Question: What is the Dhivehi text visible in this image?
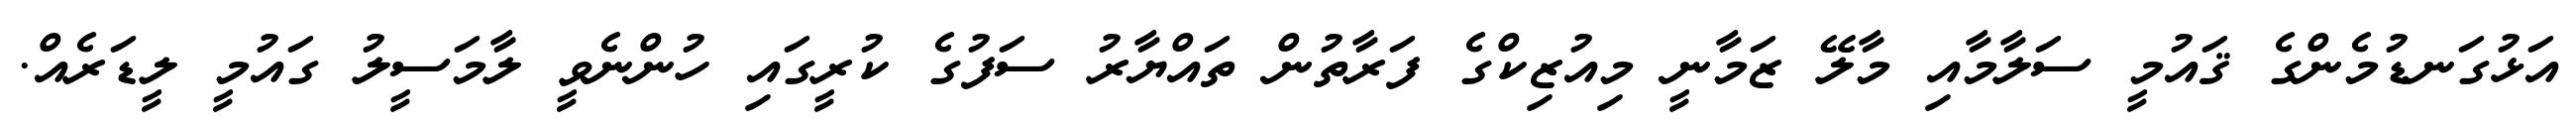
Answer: އަޅުގަނޑުމެންގެ ޤައުމީ ސަލާމާއި މާލޭ ޒަމާނީ މިއުޒިކްގެ ފަރާތުން ތައްޔާރު ސަފުގެ ކުރީގައި ހުންނެވީ ލާމަސީލު ގައުމީ ލީޑަރެއް.